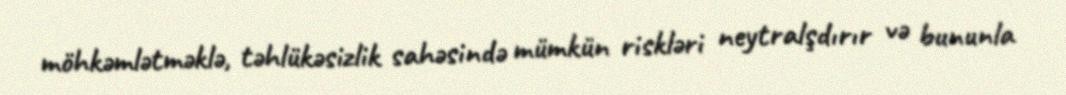
möhkəmlətməklə, təhlükəsizlik sahəsində mümkün riskləri neytralşdırır və bununla